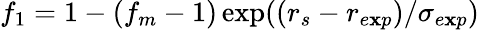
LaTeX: f_{1}=1-(f_{m}-1)\exp((r_{s}-r_{e\mathbf{x}p})/\sigma_{e\mathbf{x}p})